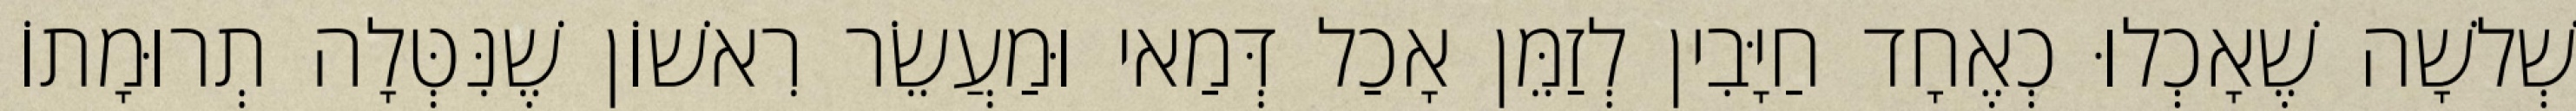
שְׁלשָׁה שֶׁאָכְלוּ כְאֶחָד חַיָּבִין לְזַמֵּן אָכַל דְּמַאי וּמַעֲשֵׂר רִאשׁוֹן שֶׁנִּטְּלָה תְרוּמָתוֹ